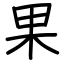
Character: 果